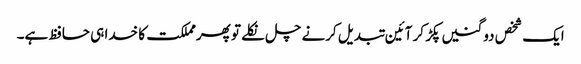
ایک شخص دو گنیں پکڑ کر آئین تبدیل کرنے چل نکلے تو پھرمملکت کا خدا ہی حافظ ہے۔